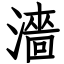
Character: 濇